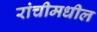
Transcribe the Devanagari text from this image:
रांचीमधील